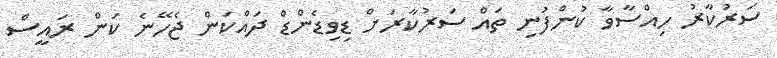
ސަރުކާރު ހިއްސާވާ ކުންފުނި ތައް ސަރުކާރަށް ޑިވިޑެންޑް ދައްކަން ޖެހޭނެ ކަން ރައީސް